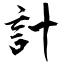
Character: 計